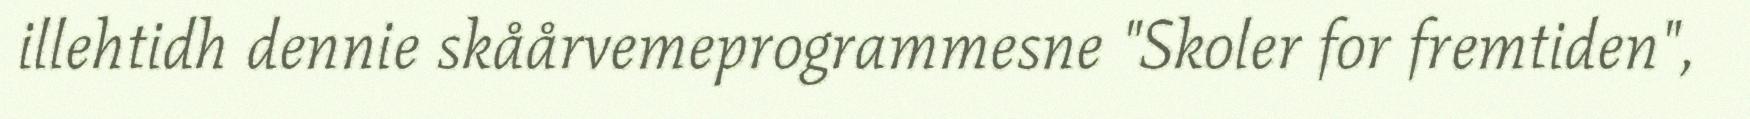
illehtidh dennie skåårvemeprogrammesne "Skoler for fremtiden",